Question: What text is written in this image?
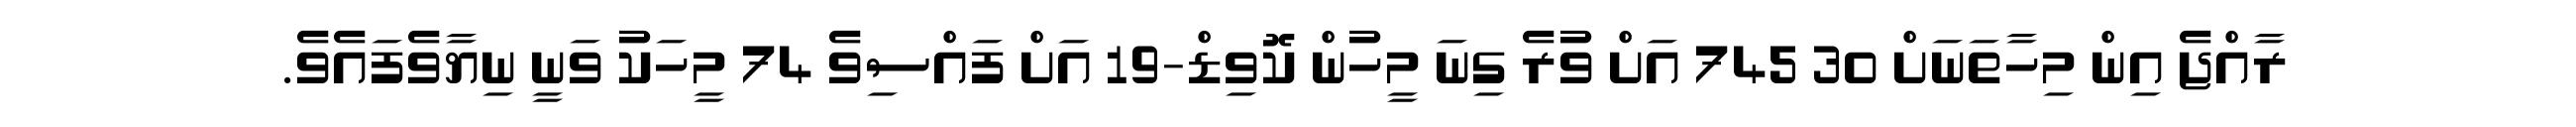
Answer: ރާއްޖެ އިން މިހާތަނަށް 30 745 އަށް ވުރެ ގިނަ މީހުން ކޮވިޑް-19 އަށް ފައްސިވެ 74 މީހަކު ވަނީ ނިޔާވެފައެވެ.